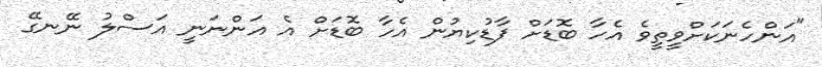
"އަންހެނަކަށްވީތީވެ އެހާ ބޮޑަށް ފާޑުކިޔުން އެހާ ބޮޑަށް އެ އަންނަނީ އަސްލު ނޭނގޭ